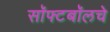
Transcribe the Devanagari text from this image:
सॉफ्टबॉलचे